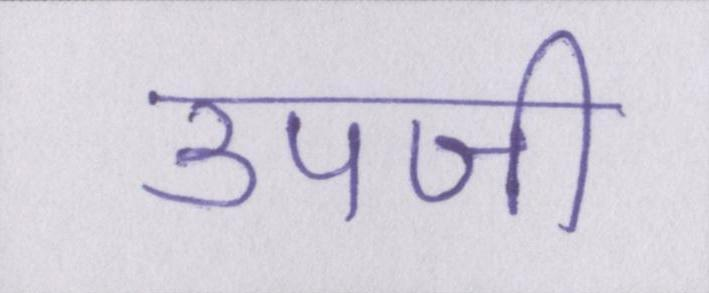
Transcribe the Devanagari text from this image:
उपजी